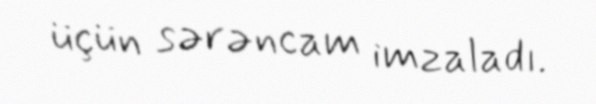
üçün sərəncam imzaladı.